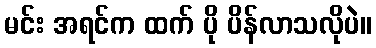
မင်း အရင်က ထက် ပို ပိန်လာသလိုပဲ။